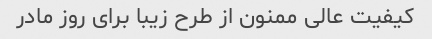
کیفیت عالی ممنون از طرح زیبا برای روز مادر